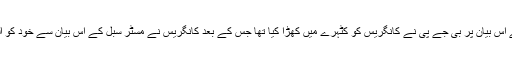
مسٹر سبل کے اس بیان پر بی جے پی نے کانگریس کو کٹہرے میں کھڑا کیا تھا جس کے بعد کانگریس نے مسٹر سبل کے اس بیان سے خود کو الگ کرلیا ہے۔